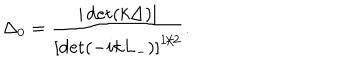
\Delta _ { 0 } = \frac { | \det ( k \Delta ) | } { \left[ \det ( - i k L _ { - } ) \right] ^ { 1 / 2 } } .